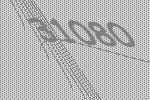
31080